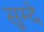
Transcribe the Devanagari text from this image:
सुम्दे